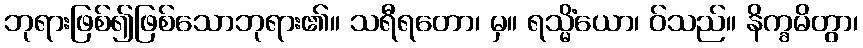
ဘုရားဖြစ်၍ဖြစ်သောဘုရား၏။ သရီရတော၊ မှ။ ရသ္မိံယော၊ ဝ်သည်။ နိက္ခမိတွာ၊